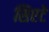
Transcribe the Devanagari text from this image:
सिएटे